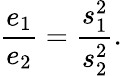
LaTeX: {\frac{e_{1}}{e_{2}}}={\frac{s_{1}^{2}}{s_{2}^{2}}}.